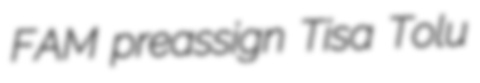
FAM preassign Tisa Tolu